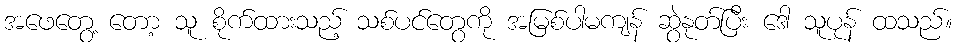
အဖေတွေ့ တော့ သူ စိုက်ထားသည့် သစ်ပင်တွေကို အမြစ်ပါမကျန် ဆွဲနုတ်ပြီး ဒေါ သူပုန် ထသည်။